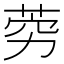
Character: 䓖